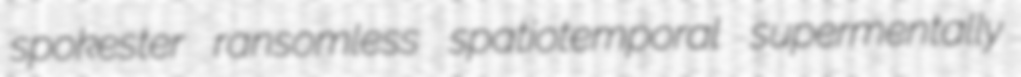
spokester ransomless spatiotemporal supermentally